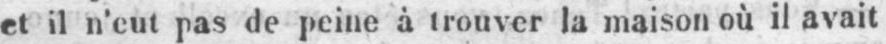
et il n’eut pas de peine à trouver la maison où il avait